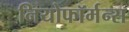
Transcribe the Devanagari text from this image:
नियोफॉर्मन्स